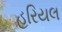
હરિયલ